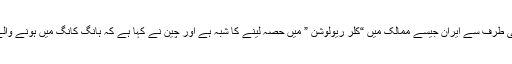
اس سوال کے جواب میں کہ کہ امریکی سنٹرل انٹیلی جنس ایجنسی کی طرف سے ایران جیسے ممالک میں “کلر ریولوشن ” میں حصہ لینے کا شبہ ہے اور چین نے کہا ہے کہ ہانگ کانگ میں ہونے والے سلسلہ وار واقعات بھی ” کلر ریولوشن” خصوصیات کے حامل ہیں۔